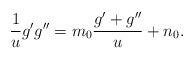
LaTeX: \begin{align*}\frac{1}{u}g^{\prime }g^{\prime \prime }=m_{0}\frac{g^{\prime }+g^{\prime\prime }}{u}+n_{0}. \end{align*}